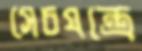
সেচযন্ত্রে